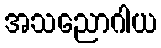
အသညောဂါယ